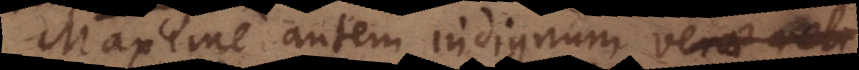
Maxime autem indignum verae rel